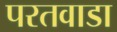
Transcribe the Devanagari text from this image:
परतवाडा